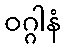
ဝဂ္ဂါနံ